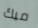
ميك